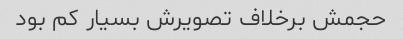
حجمش برخلاف تصویرش بسیار کم بود